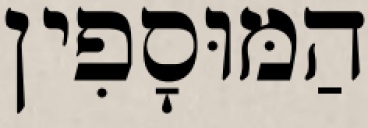
הַמּוּסָפִין